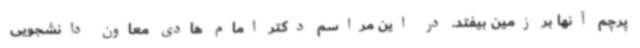
پرچم آنها بر زمین بیفتد. در این مراسم دکتر امام هادی معاون دانشجویی